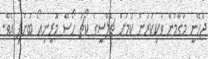
ޖެހޭނީ މަގާމުން ވަކިކުރަން ކަމަށް ޗެލްސީގެ ކޯޗު ހޯސޭ މޮރީނިއޯ ބުނެފި އެވެ.